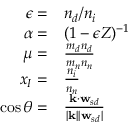
\begin{array} { r l } { \epsilon = } & { { n _ { d } } / { n _ { i } } } \\ { \alpha = } & { ( 1 - \epsilon Z ) ^ { - 1 } } \\ { \mu = } & { \frac { m _ { d } { n _ { d } } } { m _ { n } { n _ { n } } } } \\ { x _ { I } = } & { \frac { { n _ { i } } } { { n _ { n } } } } \\ { \cos \theta = } & { \frac { \mathbf { k } \cdot \mathbf { w } _ { s d } } { | \mathbf { k } | | \mathbf { w } _ { s d } | } } \end{array}